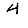
Digit: 4